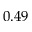
0 . 4 9